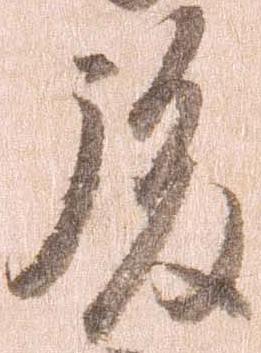
後